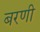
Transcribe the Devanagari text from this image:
बरणी